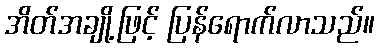
အိတ်အချို့ဖြင့် ပြန်ရောက်လာသည်။